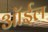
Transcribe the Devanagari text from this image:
ऑर्इल